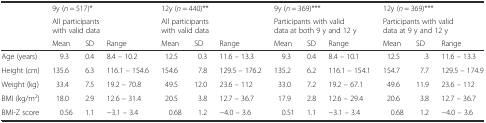
<table><thead><tr><td rowspan="2"></td><td colspan="3"><b>9y (<i>n</i> = 517)*</b></td><td colspan="3"><b>12y (<i>n</i> = 440)**</b></td><td colspan="3"><b>9y (<i>n</i> = 369)***</b></td><td colspan="3"><b>12y (<i>n</i> = 369)***</b></td></tr><tr><td colspan="3"><b>All participants with valid data</b></td><td colspan="3"><b>All participants with valid data</b></td><td colspan="3"><b>Participants with valid data at both 9 y and 12 y</b></td><td colspan="3"><b>Participants with valid data at 9 y and 12 y</b></td></tr><tr><td></td><td><b>Mean</b></td><td><b>SD</b></td><td><b>Range</b></td><td><b>Mean</b></td><td><b>SD</b></td><td><b>Range</b></td><td><b>Mean</b></td><td><b>SD</b></td><td><b>Range</b></td><td><b>Mean</b></td><td><b>SD</b></td><td><b>Range</b></td></tr></thead><tbody><tr><td>Age (years)</td><td>9.3</td><td>0.4</td><td>8.4 – 10.2</td><td>12.5</td><td>0.3</td><td>11.6 – 13.3</td><td>9.3</td><td>0.4</td><td>8.4 – 10.1</td><td>12.5</td><td>.3</td><td>11.6 – 13.3</td></tr><tr><td>Height (cm)</td><td>135.6</td><td>6.3</td><td>116.1 – 154.6</td><td>154.6</td><td>7.8</td><td>129.5 – 176.2</td><td>135.2</td><td>6.2</td><td>116.1 – 154.1</td><td>154.7</td><td>7.7</td><td>129.5 – 174.9</td></tr><tr><td>Weight (kg)</td><td>33.4</td><td>7.5</td><td>19.2 – 70.8</td><td>49.5</td><td>12.0</td><td>23.6 – 112</td><td>33.0</td><td>7.2</td><td>19.2 – 67.1</td><td>49.6</td><td>11.9</td><td>23.6 – 112</td></tr><tr><td>BMI (kg/m<sup>2</sup>)</td><td>18.0</td><td>2.9</td><td>12.6 – 31.4</td><td>20.5</td><td>3.8</td><td>12.7 – 36.7</td><td>17.9</td><td>2.8</td><td>12.6 – 29.4</td><td>20.6</td><td>3.8</td><td>12.7 – 36.7</td></tr><tr><td>BMI-Z score</td><td>0.56</td><td>1.1</td><td>−3.1 – 3.4</td><td>0.68</td><td>1.2</td><td>−4.0 – 3.6</td><td>0.51</td><td>1.1</td><td>−3.1 – 3.4</td><td>0.68</td><td>1.2</td><td>−4.0 – 3.6</td></tr></tbody></table>